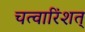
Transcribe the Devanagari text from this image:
चत्वारिंशत्